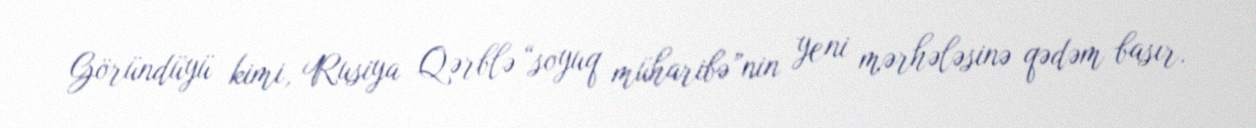
Göründüyü kimi, Rusiya Qərblə “soyuq müharibə”nin yeni mərhələsinə qədəm basır.